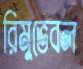
রিমুভেবল